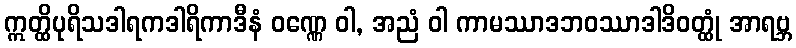
ဣတ္ထိပုရိသဒါရကဒါရိကာဒီနံ ဝဏ္ဏေ ဝါ, အညံ ဝါ ကာမဿာဒဘဝဿာဒါဒိဝတ္ထုံ အာရဗ္ဘ